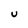
Character: U